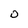
Character: 0